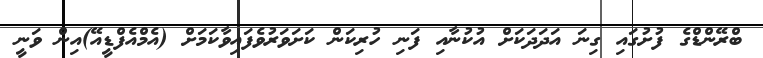
ބްރޭންޑްގެ ފުށުގައި ގިނަ އަދަދަކަށް އުކުނާއި ފަނި ހުރިކަން ކަށަވަރުވެފައިވާކަމަށް (އެމްއެފްޑީއޭ)އިން ވަނީ